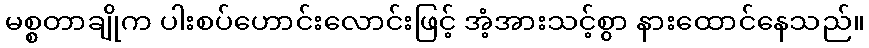
မစ္စတာချိုက ပါးစပ်ဟောင်းလောင်းဖြင့် အံ့အားသင့်စွာ နားထောင်နေသည်။